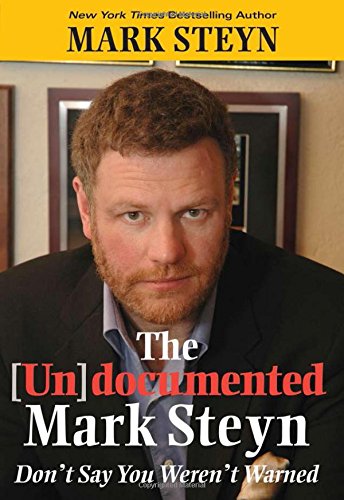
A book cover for The Undocumented Mark Steyn; Mark Steyn; Humor & Entertainment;